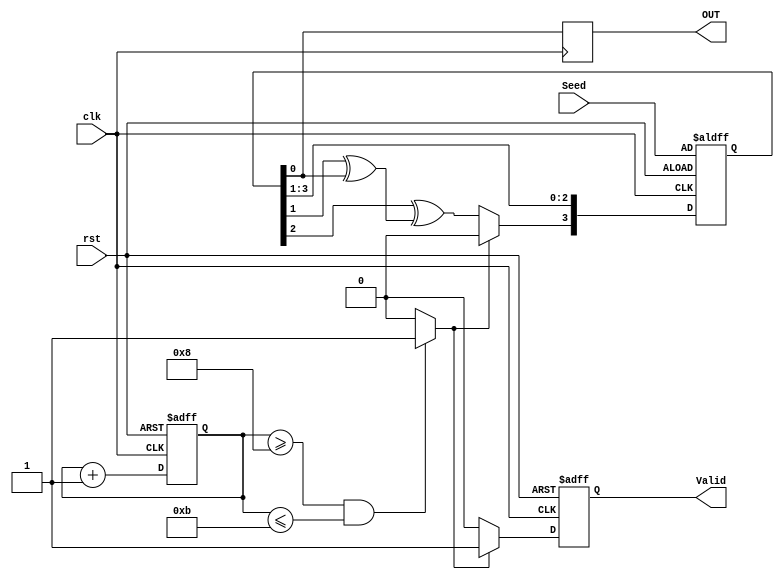
module LFSR (
  input   wire          clk,
  input   wire          rst,
  input   wire  [3:0]   Seed,
  output  reg           OUT,
  output  reg           Valid
  );
  
  // Inner Signals
  reg      [3:0]   R ;
  wire             feedback ;
  reg      [3:0]   counter ;
  reg             Shift_mode_only ;
  integer          I ;
  
  //inner Registers and Valid flag behaviour
  always @(posedge clk or negedge rst)
    begin
      if(!rst)
        begin
          Valid <= 1'b0 ;
          for(I = 0 ; I < 4 ; I = I + 1)
            begin
              R[I] <= Seed[I] ;
            end
        end
      else
        begin
          if(!Shift_mode_only)
            begin
              Valid <= 1'b0 ;
              R[3] <= feedback ;
              for(I = 2 ; I > -1 ; I = I - 1)
                begin
                  R[I] <= R[I+1] ;
                end
            end
          else
            begin
              R <= R >> 1 ;
              Valid <= 1'b1 ;
            end
        end
    end
    
    
  // OUT behaviour
  always @(posedge clk)
    begin
      OUT <= R[0] ;
    end
    
  // Counter behaviour
  always @(posedge clk or negedge rst)
    begin
      if(!rst)
        counter <= 4'b0 ;
      else
        counter <= counter + 4'b1 ;
    end
  
  // Flag to switch from LFSR mode to shift mode
  always @(*)
    begin
      if((counter >= 4'b1000) && (counter <= 4'b1011))
        Shift_mode_only = 1'b1 ;
      else
        Shift_mode_only = 1'b0 ;
    end
  
  
  assign feedback = R[2] ^ (R[1] ^ R[0]) ;
  
endmodule